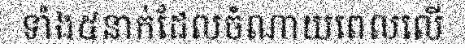
ទាំង៥នាក់ដែលចំណាយពេលលើ